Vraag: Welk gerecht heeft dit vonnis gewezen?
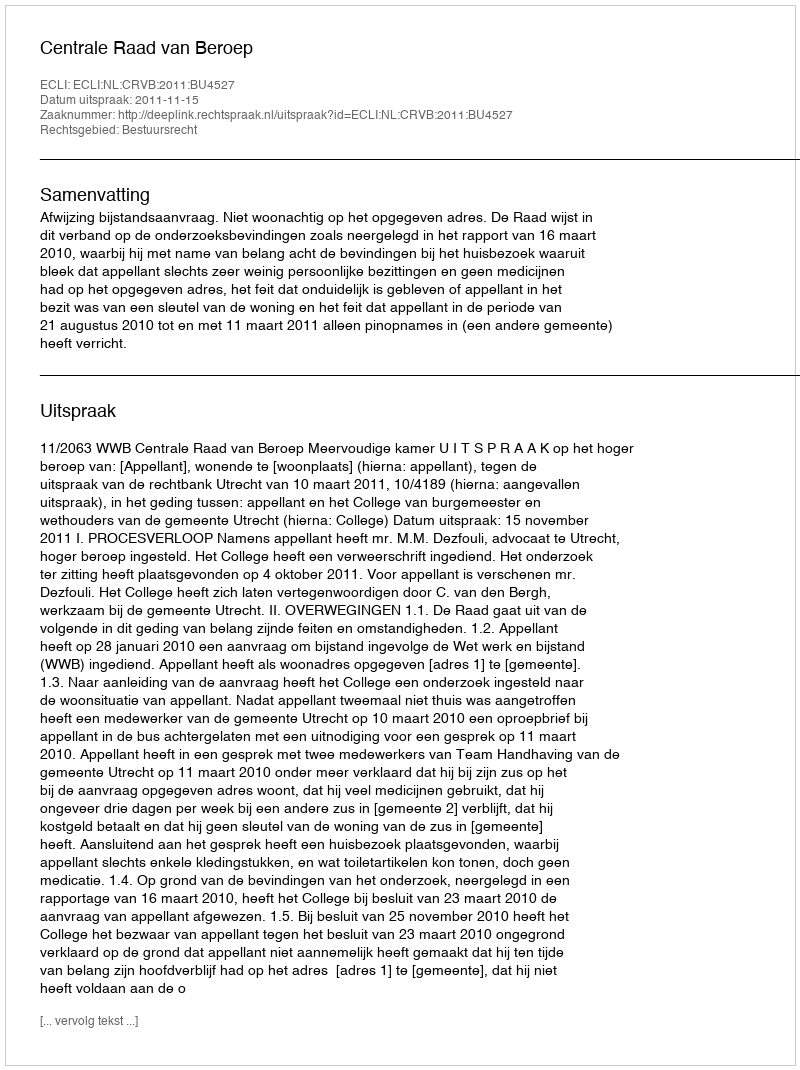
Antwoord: Centrale Raad van Beroep